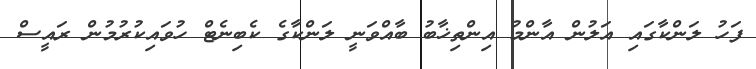
ފަހު ލަންކާގައި އަލުން އާންމު އިންތިޚާބު ބާއްވަނީ ލަންކާގެ ކެބިނެޓް ހުވައިކުރުމުން ރައީސް